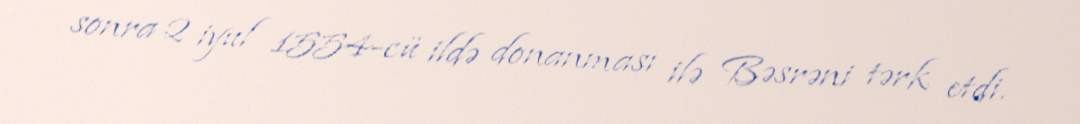
sonra 2 iyul 1554-cü ildə donanması ilə Bəsrəni tərk etdi.